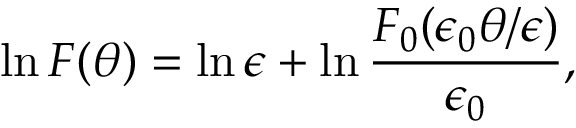
\ln { \cal F } ( \theta ) = \ln \epsilon + \ln \frac { { \cal F } _ { 0 } ( \epsilon _ { 0 } \theta / \epsilon ) } { \epsilon _ { 0 } } ,